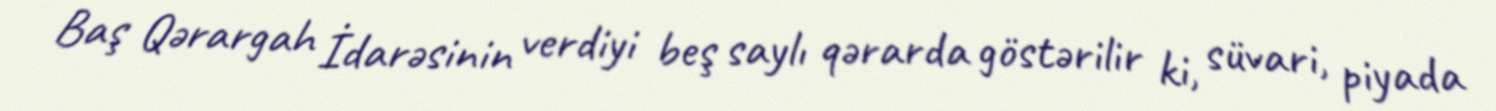
Baş Qərargah İdarəsinin verdiyi beş saylı qərarda göstərilir ki, süvari, piyada